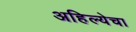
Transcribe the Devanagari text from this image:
अहिल्येचा